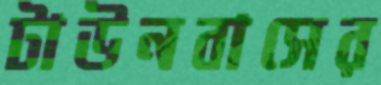
টাউনবাসের